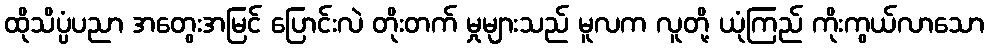
ထိုသိပ္ပံပညာ အတွေးအမြင် ပြောင်းလဲ တိုးတက် မှုများသည် မူလက လူတို့ ယုံကြည် ကိုးကွယ်လာသော